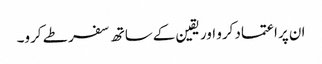
ان پراعتماد کرو اور یقین کےساتھ سفر طے کرو۔